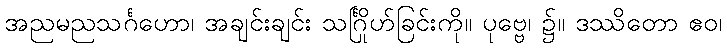
အညမညသင်္ဂဟော၊ အချင်းချင်း သင်္ဂြိုဟ်ခြင်းကို။ ပုဗ္ဗေ၊ ၌။ ဒဿိတော ဧဝ၊